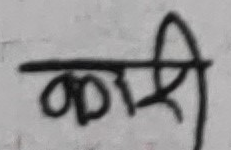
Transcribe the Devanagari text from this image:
कारी